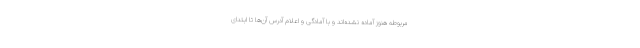
مربوطه هنوز آماده نشده‌اند و با آمادگی و اعلام آدرس آن‌ها تا ابتدای